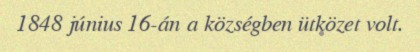
1848 június 16-án a községben ütközet volt.